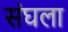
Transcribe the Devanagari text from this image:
संघला